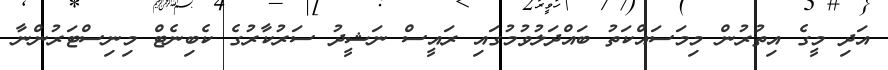
އަދި މީގެ އިތުރުން މިމަސައްކަތު ބައްދަލުވުމުގައި ރައީސް ނަޝީދު ސަރުކާރުގެ ކެބިނެޓް މިނިސްޓަރުންނާ